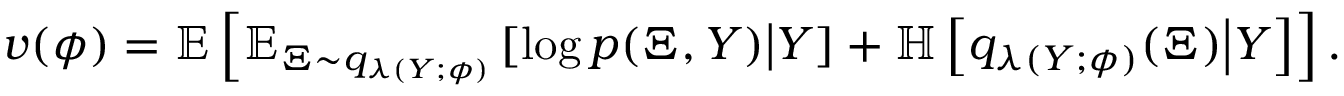
v ( \phi ) = \mathbb { E } \left[ \mathbb { E } _ { \Xi \sim q _ { \lambda ( Y ; \phi ) } } \left[ \log p ( \Xi , Y ) \middle | Y \right] + \mathbb { H } \left[ q _ { \lambda ( Y ; \phi ) } ( \Xi ) \middle | Y \right] \right] .